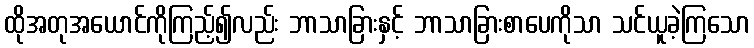
ထိုအတုအယောင်ကိုကြည့်၍လည်း ဘာသာခြားနှင့် ဘာသာခြားစာပေကိုသာ သင်ယူခဲ့ကြသော